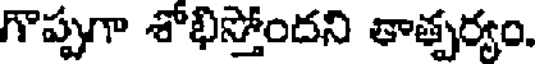
గొప్పుగా శోభిస్తోందని తాత్పర్యం.